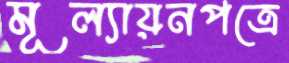
মূল্যায়নপত্রে